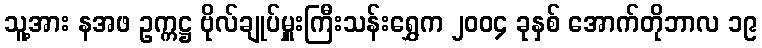
သူ့အား နအဖ ဥက္ကဋ္ဌ ဗိုလ်ချုပ်မှူးကြီးသန်းရွှေက ၂၀၀၄ ခုနှစ် အောက်တိုဘာလ ၁၉